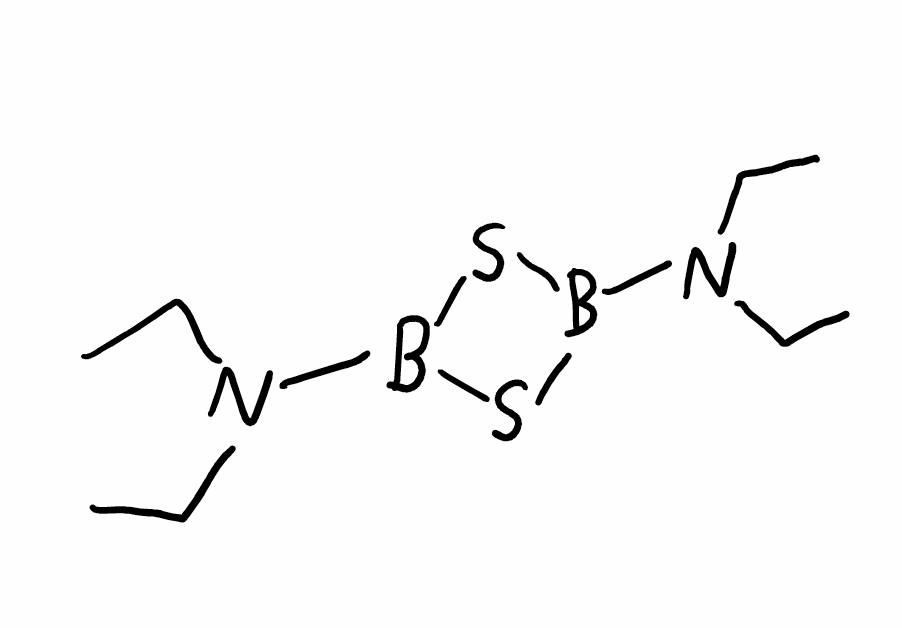
Simplified molecular-input line-entry system (SMILES) notation of the given molecule:
B1(SB(S1)N(CC)CC)N(CC)CC